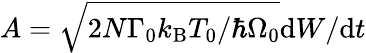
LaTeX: A=\sqrt{{2N\Gamma_{0}k_{\mathrm{B}}T_{0}}/{\hbar\Omega_{0}}}{\mathrm{d}{W}}/{\mathrm{d}t}